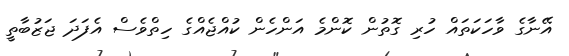
އޭނާގެ ވާހަކަތައް ހުރި ގޮތުން ކޮންމެ އަންހެން ކުއްޖެއްގެ ހިތްވެސް އެފަދަ ޖަޒުބާތީ